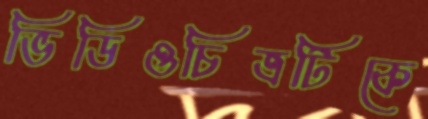
ভিডিওচিত্রটিকে